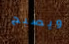
ويصبح